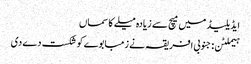
ایڈیلیڈ میں میچ سے زیادہ میلے کا سماں
ہیملٹن: جنوبی افریقہ نے زمبابوے کو شکست دے دی